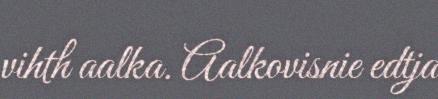
vihth aalka. Aalkovisnie edtja